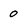
Character: o